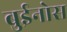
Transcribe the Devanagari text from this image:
बुईनोस